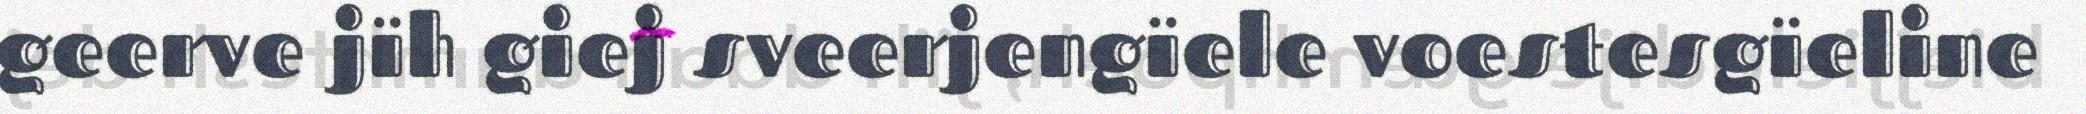
geerve jïh giej sveerjengïele voestesgïeline